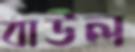
বাউল